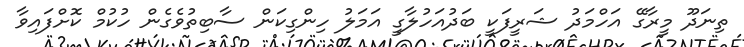
ތިނަދޫ މީރާގޭ އަހްމަދު ޝަރީފަކީ ބަދުއަހުލާގީ އަމަލު ހިންގިކަން ސާބިތުވެގެން ހުކުމް ކޮށްފައިވާ